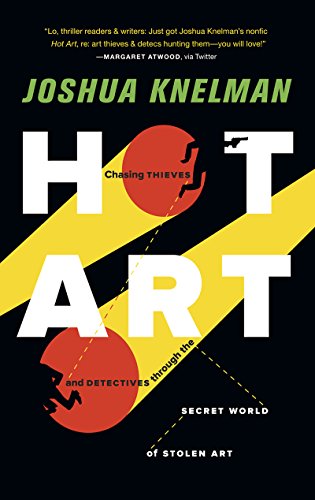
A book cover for Hot Art: Chasing Thieves and Detectives Through the Secret World of Stolen Art; Joshua Knelman; Biographies & Memoirs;